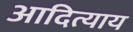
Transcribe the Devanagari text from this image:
आदित्याय